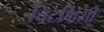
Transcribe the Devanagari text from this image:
चिटणिसी